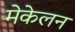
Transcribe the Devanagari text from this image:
मेकेलन